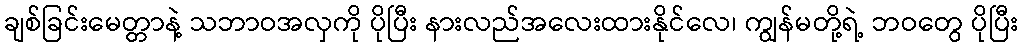
ချစ်ခြင်းမေတ္တာနဲ့ သဘာဝအလှကို ပိုပြီး နားလည်အလေးထားနိုင်လေ၊ ကျွန်မတို့ရဲ့ ဘဝတွေ ပိုပြီး